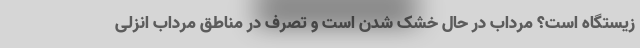
زیستگاه است؟ مرداب در حال خشک شدن است و تصرف در مناطق مرداب انزلی